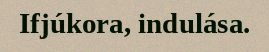
Ifjúkora, indulása.